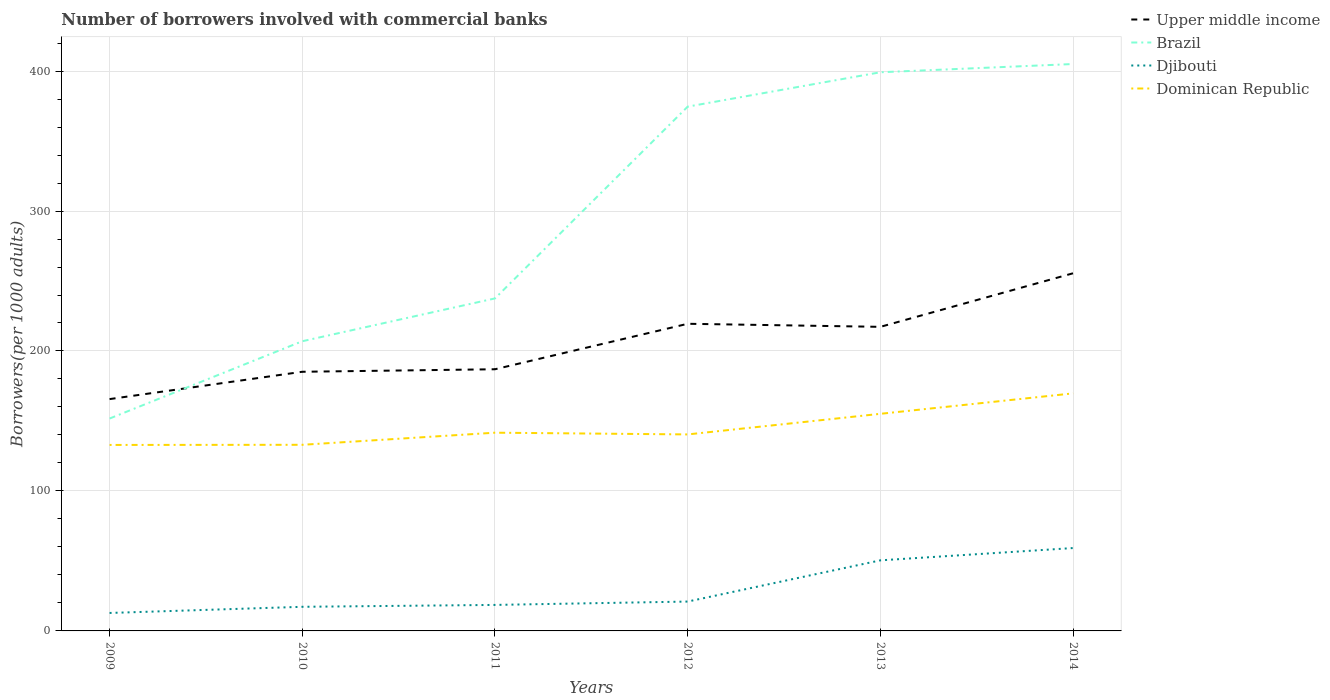
| Years | Upper middle income | Brazil | Djibouti | Dominican Republic |
 | --- | --- | --- | --- | --- |
 | 2009 | 166 | 152 | 12.8 | 133 |
 | 2010 | 185 | 207 | 17.2 | 133 |
 | 2011 | 187 | 238 | 18.6 | 142 |
 | 2012 | 219 | 375 | 21 | 140 |
 | 2013 | 217 | 399 | 50.4 | 155 |
 | 2014 | 256 | 405 | 59.2 | 170 |